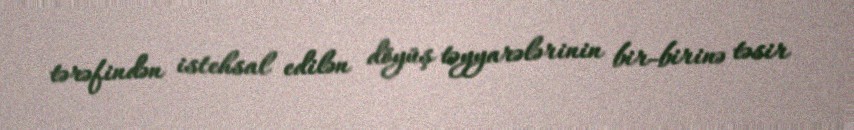
tərəfindən istehsal edilən döyüş təyyarələrinin bir-birinə təsir